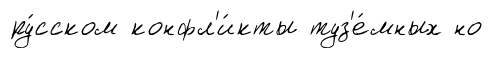
ру́сском конфл'и́кты туз'е́мных но